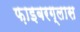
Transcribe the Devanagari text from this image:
फ़ाइबरग्लास